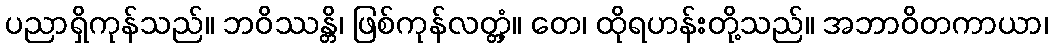
ပညာရှိကုန်သည်။ ဘဝိဿန္တိ၊ ဖြစ်ကုန်လတ္တံ့။ တေ၊ ထိုရဟန်းတို့သည်။ အဘာဝိတကာယာ၊